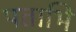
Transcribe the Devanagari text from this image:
पताभि